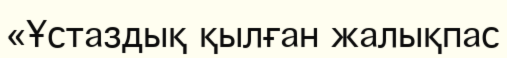
«Ұстаздық қылған жалықпас